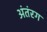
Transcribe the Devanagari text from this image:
अंतंरग